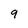
Character: 9